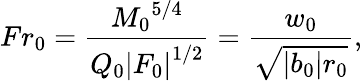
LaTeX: Fr_{0}=\frac{{M_{0}}^{5/4}}{Q_{0}{|F_{0}|}^{1/2}}=\frac{w_{0}}{\sqrt{|b_{0}|r_{0}}},